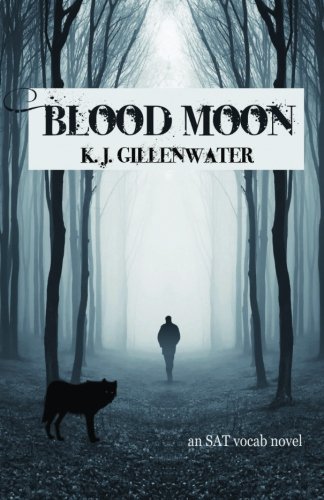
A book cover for Blood Moon; K. J. Gillenwater; Teen & Young Adult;